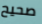
صحيح